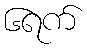
၆ရက်